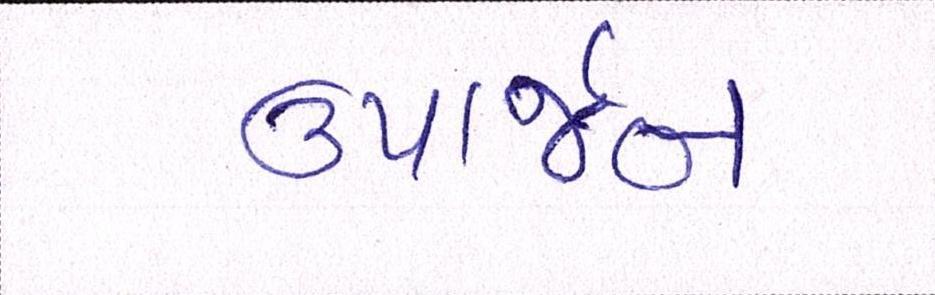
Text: ઉપાર્જન